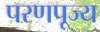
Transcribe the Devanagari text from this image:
परणपूज्य